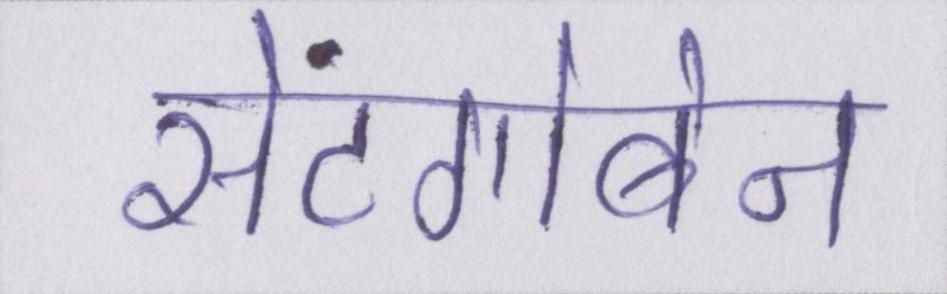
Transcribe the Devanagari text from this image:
सेंटगोबेन